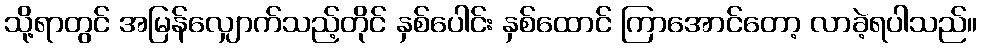
သို့ရာတွင် အမြန်လျှောက်သည့်တိုင် နှစ်ပေါင်း နှစ်ထောင် ကြာအောင်တော့ လာခဲ့ရပါသည်။